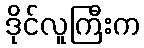
ဒိုင်လူကြီးက